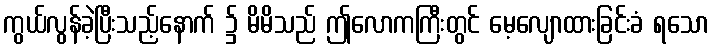
ကွယ်လွန်ခဲ့ပြီးသည့်နောက် ၌ မိမိသည် ဤလောကကြီးတွင် မေ့လျောထားခြင်းခံ ရသော